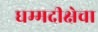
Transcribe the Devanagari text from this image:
धम्मदीक्षेचा